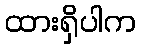
ထားရှိပါက